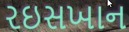
રઇસખાન